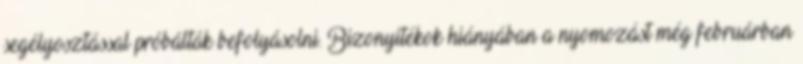
segélyosztással próbálták befolyásolni. Bizonyítékok hiányában a nyomozást még februárban